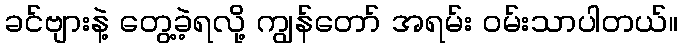
ခင်ဗျားနဲ့ တွေ့ခဲ့ရလို့ ကျွန်တော် အရမ်း ဝမ်းသာပါတယ်။